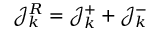
\mathcal { J } _ { k } ^ { R } = \mathcal { J } _ { k } ^ { + } + \mathcal { J } _ { k } ^ { - }